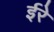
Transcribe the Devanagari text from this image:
ईरे